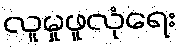
လူမှုဖူလုံရေး